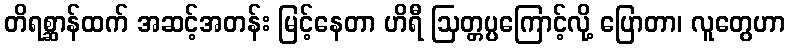
တိရစ္ဆာန်ထက် အဆင့်အတန်း မြင့်နေတာ ဟိရီ ဩတ္တပ္ပကြောင့်လို့ ပြောတာ၊ လူတွေဟာ